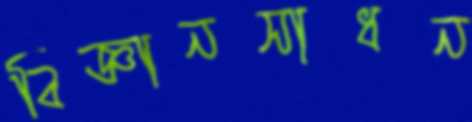
বিজ্ঞানসাধন